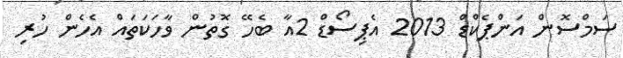
ސަމްސޮން އަންޕެކްޑް 2013 އެޕިސޯޑް 2އާ ބެހޭ ގޮތުން ވާހަކަތައް އެހެން ހުރި